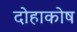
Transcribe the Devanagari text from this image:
दोहाकोष